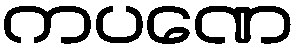
ကပဏေ